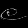
Digit: ၉